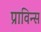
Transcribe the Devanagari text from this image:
प्राविन्स